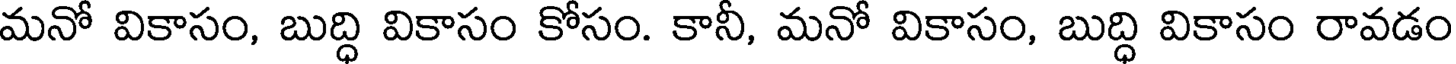
మనో వికాసం, బుద్ధి వికాసం కోసం. కానీ, మనో వికాసం, బుద్ధి వికాసం రావడం